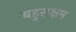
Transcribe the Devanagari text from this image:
बहुसक्षम